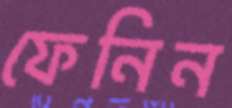
ফেনিন